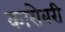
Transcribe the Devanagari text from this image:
कारोबरी